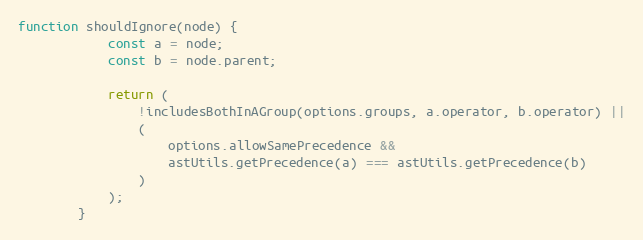
Language: JavaScript
function shouldIgnore(node) {
            const a = node;
            const b = node.parent;

            return (
                !includesBothInAGroup(options.groups, a.operator, b.operator) ||
                (
                    options.allowSamePrecedence &&
                    astUtils.getPrecedence(a) === astUtils.getPrecedence(b)
                )
            );
        }